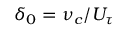
\delta _ { 0 } = \nu _ { c } / U _ { \tau }